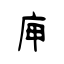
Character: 庘